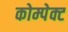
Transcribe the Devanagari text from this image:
कोम्पेक्ट